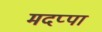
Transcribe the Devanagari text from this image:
मदप्पा